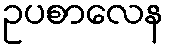
ဥပစာလေန